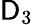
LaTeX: \mathsf{D}_{3}